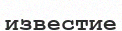
известие